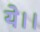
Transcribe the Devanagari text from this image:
ये।।